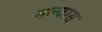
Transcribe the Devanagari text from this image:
मल्वास